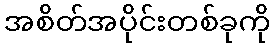
အစိတ်အပိုင်းတစ်ခုကို